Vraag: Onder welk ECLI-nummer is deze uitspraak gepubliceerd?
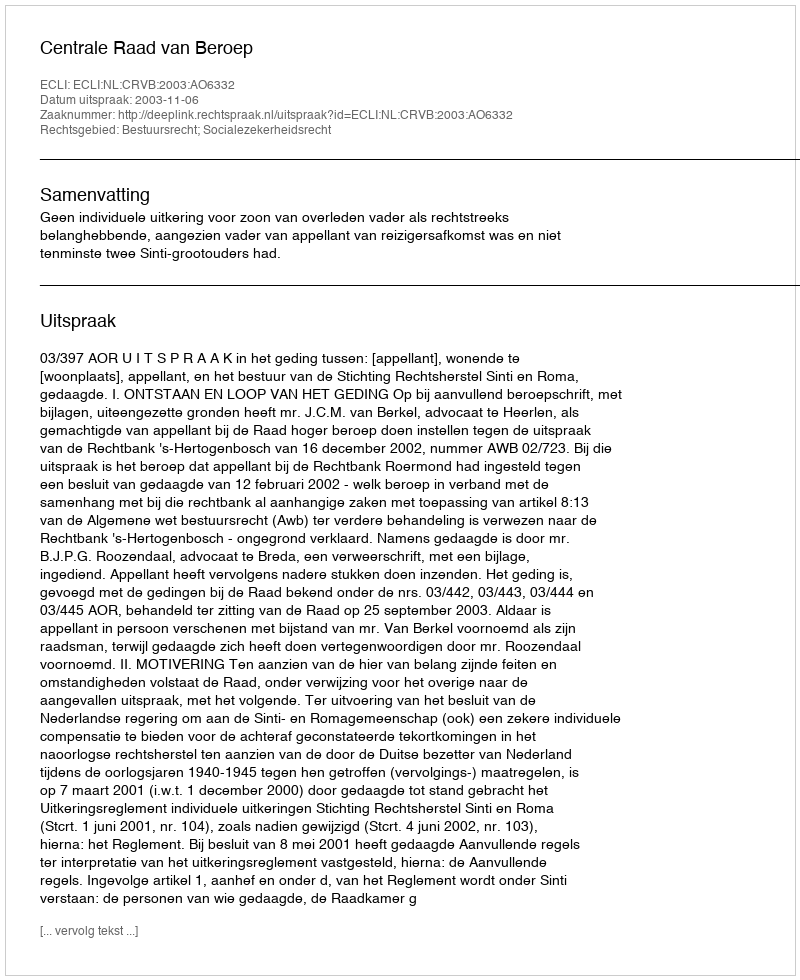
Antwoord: ECLI:NL:CRVB:2003:AO6332